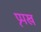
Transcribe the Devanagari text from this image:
प्र्पख